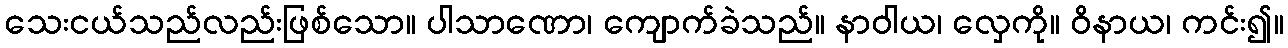
သေးငယ်သည်လည်းဖြစ်သော။ ပါသာဏော၊ ကျောက်ခဲသည်။ နာဝါယ၊ လှေကို။ ဝိနာယ၊ ကင်း၍။